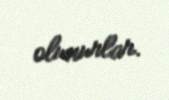
olunurlar.